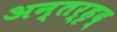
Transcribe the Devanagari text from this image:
अन्तर्हृद्‍